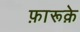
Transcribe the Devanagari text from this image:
फ़ारूक़े